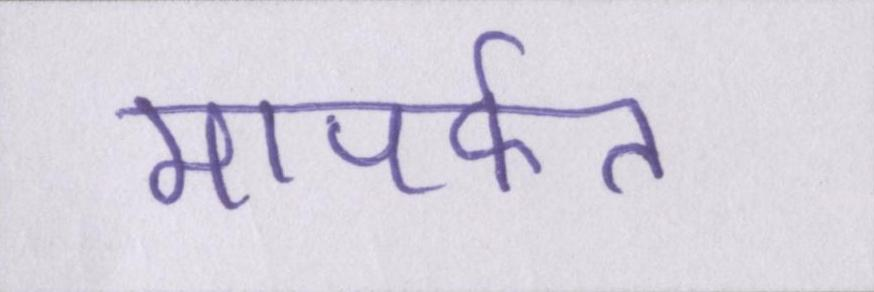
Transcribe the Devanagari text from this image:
मापर्फत